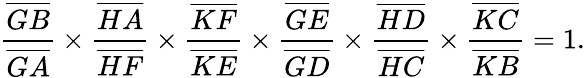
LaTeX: {\frac{\overline{{GB}}}{\overline{{GA}}}}\times{\frac{\overline{{HA}}}{\overline{{HF}}}}\times{\frac{\overline{{KF}}}{\overline{{KE}}}}\times{\frac{\overline{{GE}}}{\overline{{GD}}}}\times{\frac{\overline{{HD}}}{\overline{{HC}}}}\times{\frac{\overline{{KC}}}{\overline{{KB}}}}=1.